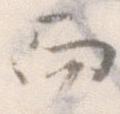
而